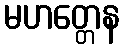
မဟတ္တေန